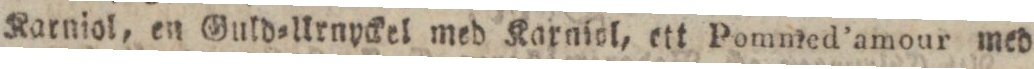
Karniol, en Guld=Urnyckel med Karaiol, ett Pommed’amour med